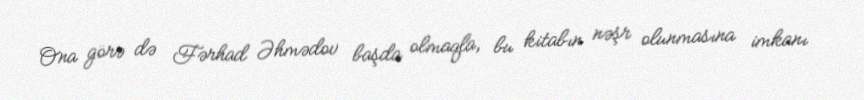
Ona görə də Fərhad Əhmədov başda olmaqla, bu kitabın nəşr olunmasına imkanı